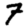
Digit: 7